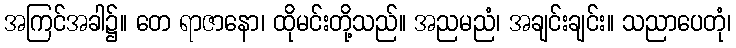
အကြင်အခါ၌။ တေ ရာဇာနော၊ ထိုမင်းတို့သည်။ အညမညံ၊ အချင်းချင်း။ သညာပေတုံ၊